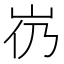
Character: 𱛌